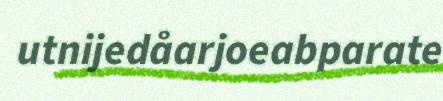
utnijedåarjoeabparate